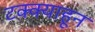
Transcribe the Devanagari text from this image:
टक्‍क्‍याहून